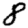
Digit: 8